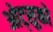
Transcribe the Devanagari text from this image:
ओट्सुको